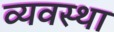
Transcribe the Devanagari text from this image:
व्यवस्था